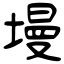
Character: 墁